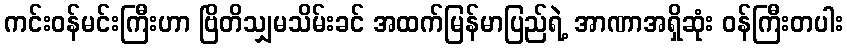
ကင်းဝန်မင်းကြီးဟာ ဗြိတိသျှမသိမ်းခင် အထက်မြန်မာပြည်ရဲ့ အာဏာအရှိဆုံး ဝန်ကြီးတပါး